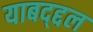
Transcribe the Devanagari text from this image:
याबद्द्दल